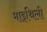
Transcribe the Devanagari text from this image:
माइथिली